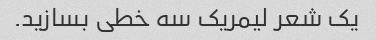
یک شعر لیمریک سه خطی بسازید.